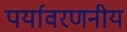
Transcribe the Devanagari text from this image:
पर्यावरणनीय